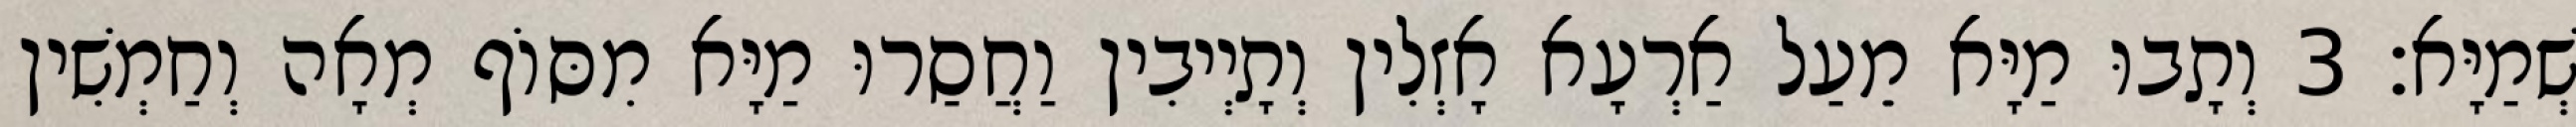
שְׁמַיָּא׃ 3 וְתָבוּ מַיָּא מֵעַל אַרְעָא אָזְלִין וְתָיְיבִין וַחֲסַרוּ מַיָּא מִסּוֹף מְאָה וְחַמְשִׁין